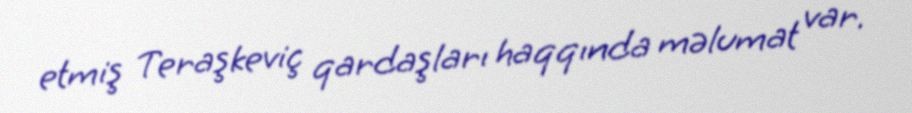
etmiş Teraşkeviç qardaşları haqqında məlumat var.